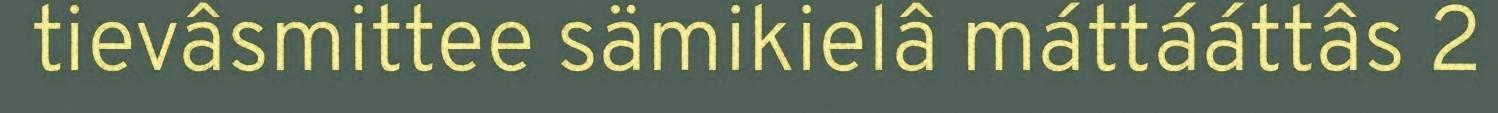
tievâsmittee sämikielâ máttááttâs 2